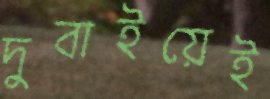
দুবাইয়েই